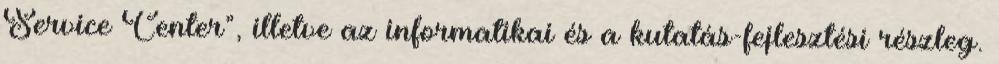
Service Center”, illetve az informatikai és a kutatás-fejlesztési részleg.